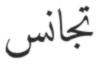
تجانس